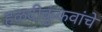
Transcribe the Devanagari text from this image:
हळदीकुंकवांचे